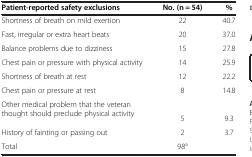
<table><thead><tr><td><b>Patient-reported safety exclusions</b></td><td><b>No. (n = 54)</b></td><td><b>%</b></td></tr></thead><tbody><tr><td>Shortness of breath on mild exertion</td><td>22</td><td>40.7</td></tr><tr><td>Fast, irregular or extra heart beats</td><td>20</td><td>37.0</td></tr><tr><td>Balance problems due to dizziness</td><td>15</td><td>27.8</td></tr><tr><td>Chest pain or pressure with physical activity</td><td>14</td><td>25.9</td></tr><tr><td>Shortness of breath at rest</td><td>12</td><td>22.2</td></tr><tr><td>Chest pain or pressure at rest</td><td>8</td><td>14.8</td></tr><tr><td rowspan="2">Other medical problem that the veteran thought should preclude physical activity</td><td> </td><td> </td></tr><tr><td>5</td><td>9.3</td></tr><tr><td>History of fainting or passing out</td><td>2</td><td>3.7</td></tr><tr><td>Total</td><td>98<sup>a</sup></td><td> </td></tr></tbody></table>